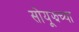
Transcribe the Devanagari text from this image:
सोयूझच्या